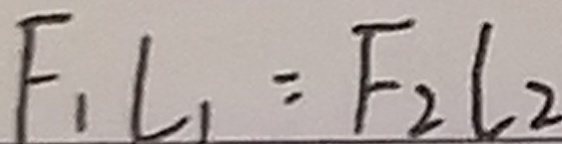
F _ { 1 } L _ { 1 } = F _ { 2 } l _ { 2 }